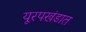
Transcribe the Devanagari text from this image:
यूरपखंडात